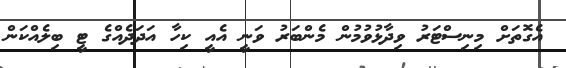
އެގޮތަށް މިނިސްޓަރު ވިދާޅުވުމުން މެންބަރު ވަނީ އެއީ ކިހާ އަދަދެއްގެ ޓީ ބިލެއްކަން